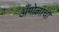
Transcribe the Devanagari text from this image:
अँगोलाचा